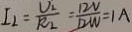
I _ { 2 } = \frac { U _ { 2 } } { R _ { 2 } } = \frac { 1 2 V } { 1 2 W } = 1 A